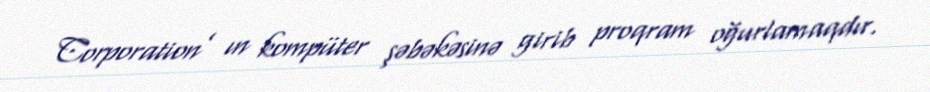
Corporation’ ın kompüter şəbəkəsinə girib proqram oğurlamaqdır.